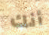
أنك